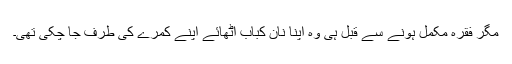
مگر فقرہ مکمل ہونے سے قبل ہی وہ اپنا نان کباب اٹھائے اپنے کمرے کی طرف جا چکی تھی۔